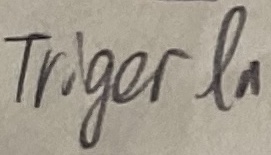
Text: TRIGER IN